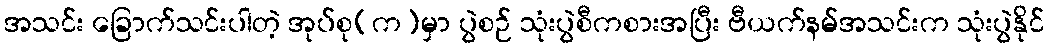
အသင်း ခြောက်သင်းပါတဲ့ အုပ်စု(က)မှာ ပွဲစဉ် သုံးပွဲစီကစားအပြီး ဗီယက်နမ်အသင်းက သုံးပွဲနိုင်